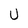
Character: U